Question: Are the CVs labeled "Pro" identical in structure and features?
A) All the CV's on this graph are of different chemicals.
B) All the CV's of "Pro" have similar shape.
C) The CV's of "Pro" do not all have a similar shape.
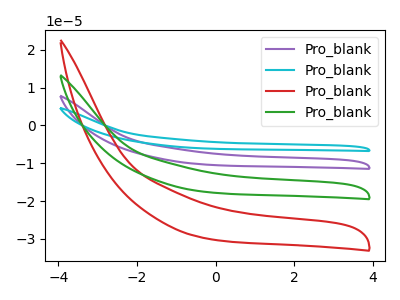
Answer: <think>The purple curve "Pro_blank1" has no peaks. The cyan curve "Pro_blank2" has no peaks. The red curve "Pro_blank3" has no peaks. The green curve "Pro_blank4" has no peaks.
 Neither "Pro_blank1" or "Pro_blank2" have any peaks. Neither "Pro_blank1" or "Pro_blank3" have any peaks. Neither "Pro_blank1" or "Pro_blank4" have any peaks. Neither "Pro_blank2" or "Pro_blank3" have any peaks. Neither "Pro_blank2" or "Pro_blank4" have any peaks. Neither "Pro_blank3" or "Pro_blank4" have any peaks.</think>
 <answer>B) All the CV's of "Pro" have similar shape.</answer>
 <eval>B</eval>